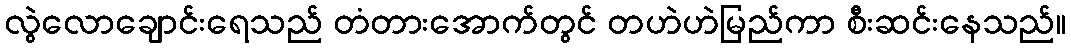
လွဲလောချောင်းရေသည် တံတားအောက်တွင် တဟဲဟဲမြည်ကာ စီးဆင်းနေသည်။